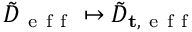
\tilde { D } _ { \mathrm { ~ e ~ f ~ f ~ } } \mapsto \tilde { D } _ { \mathbf { t } , \mathrm { ~ e ~ f ~ f ~ } }